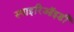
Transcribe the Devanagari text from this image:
स्पाइरिऑइडी